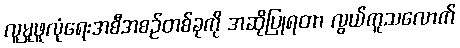
လူမှုဖူလုံရေးအစီအစဉ်တစ်ခုကို အဆိုပြုရတာ လွယ်ကူသလောက်